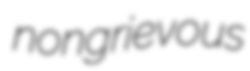
nongrievous